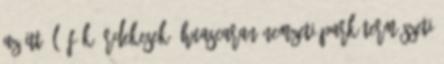
az itt élő fák érdekesek. Huascaran Nemzeti Park természeti